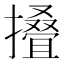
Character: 𢶣